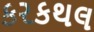
કરકથલ